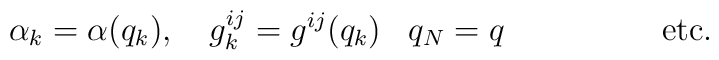
\alpha _k  =  \alpha (q_k), \ \ \    g^{ij}_k = g^{ij}(q_k)            \ \ \, q_N = q  \hspace{2 cm }{\rm etc.}